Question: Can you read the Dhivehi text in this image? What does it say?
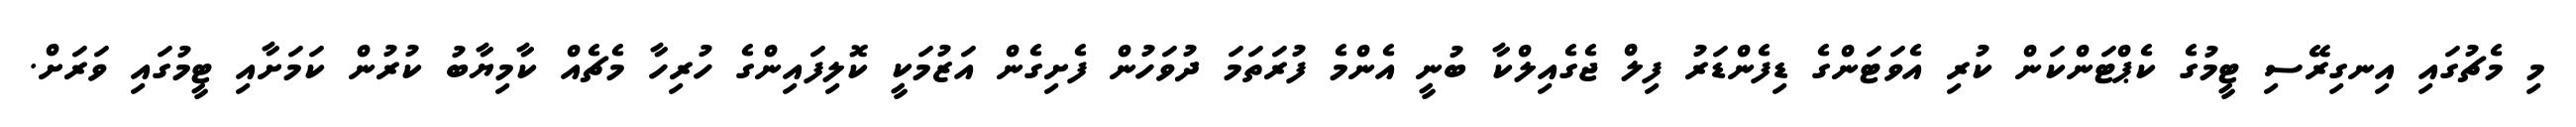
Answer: މި މެޗުގައި އިނގިރޭސި ޓީމުގެ ކެޕްޓަންކަން ކުރި އެވަޓަންގެ ޑިފެންޑަރު ފިލް ޖެގެއިލްކާ ބުނީ އެންމެ ފުރަތަމަ ދުވަހުން ފެށިގެން އަޒުމަކީ ކޮލިފައިންގެ ހުރިހާ މެޗެއް ކާމިޔާބު ކުރުން ކަމަށާއި ޓީމުގައި ވަރަށް.